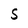
Character: S